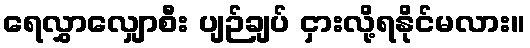
ရေလွှာလျှောစီး ပျဉ်ချပ် ငှားလို့ရနိုင်မလား။